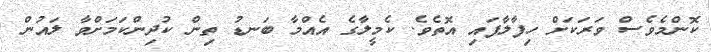
ކޮންމެވެސް ވަރަކަށް ހިފާލާފައި އޮތެވެ. ކެމީލާގެ އެއްމާ ބަނޑު ތިން ކުދިންކަމަށްވާ ލައުން